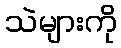
သဲများကို